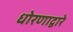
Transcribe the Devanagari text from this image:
धोरणाद्वारे